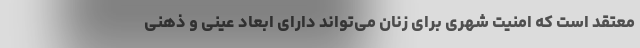
معتقد است که امنیت شهری برای زنان می‌تواند دارای ابعاد عینی و ذهنی